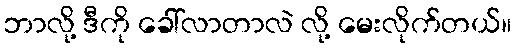
ဘာလို့ ဒီကို ခေါ်လာတာလဲ လို့ မေးလိုက်တယ်။